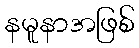
နမူနာအဖြစ်